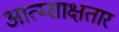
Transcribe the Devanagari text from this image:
आत्म्साक्षतार